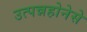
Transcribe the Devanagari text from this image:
उत्पन्नहोनेसे